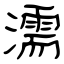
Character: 濡